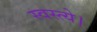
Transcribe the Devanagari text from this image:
स्वस्त्ये।